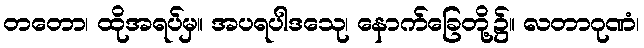
တတော၊ ထိုအရပ်မှ။ အပရပါဒသေု၊ နောက်ခြေတို့၌။ လတာဂုဏံ၊